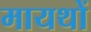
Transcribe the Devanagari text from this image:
मायथों